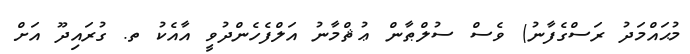
މުޙައްމަދު ރަސްގެފާނު) ވެސް ސުލްޠާން ޢުޘްމާނު އަލްފެހެންދުވީ އާއެކު ތ. ގުރައިދޫ އަށް